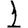
Digit: 1